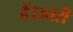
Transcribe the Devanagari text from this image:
हैं।उत्तरी